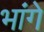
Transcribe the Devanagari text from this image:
भांगे